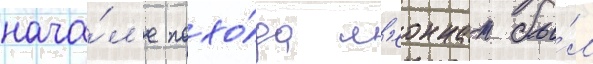
нача́л'е похо́да л'еоннат бы́л